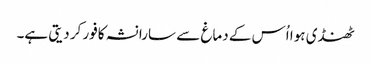
ٹھنڈی ہوا اُس کے دماغ سے سارا نشہ کافور کر دیتی ہے۔